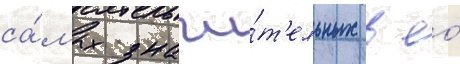
са́мых значи́т'ельных в ео́